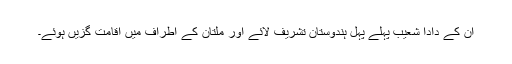
ان کے دادا شعیب پہلے پہل ہندوستان تشریف لائے اور ملتان کے اطراف میں اقامت گزیں ہوئے۔